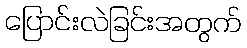
ပြောင်းလဲခြင်းအတွက်